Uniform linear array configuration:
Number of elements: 32
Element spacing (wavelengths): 0.75
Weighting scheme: cosine
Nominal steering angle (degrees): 0
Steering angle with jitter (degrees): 0.316
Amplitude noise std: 0.05
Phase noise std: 0.05

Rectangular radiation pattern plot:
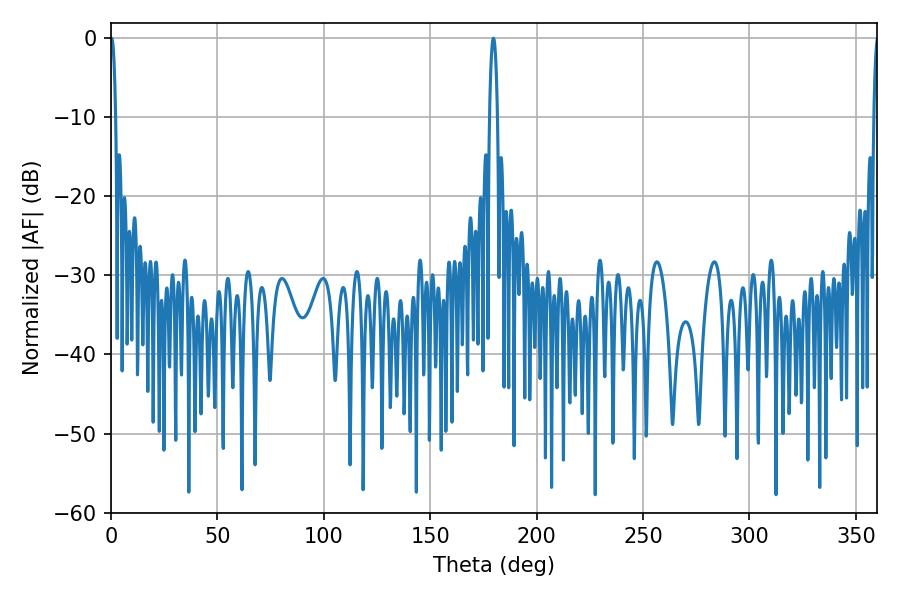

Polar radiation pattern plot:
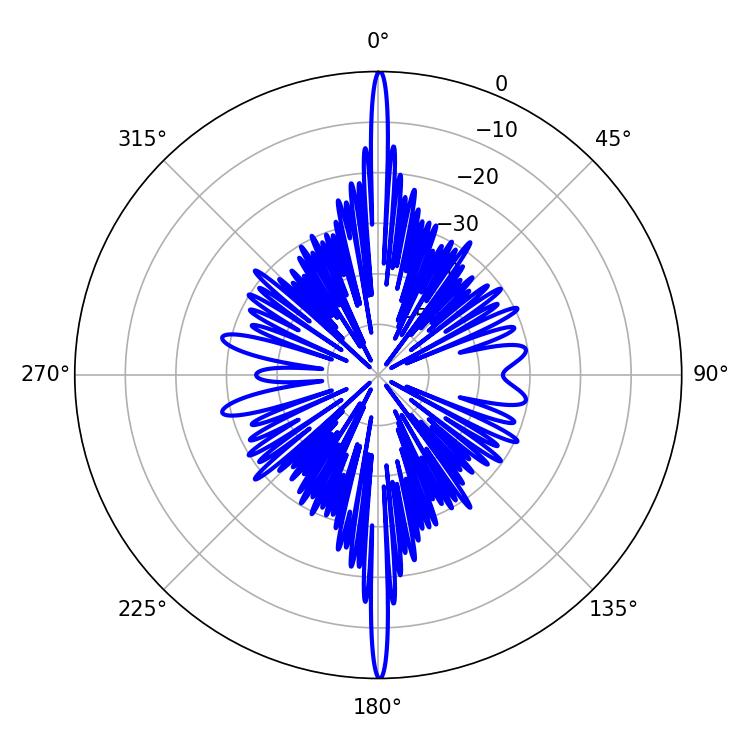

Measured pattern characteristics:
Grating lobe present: TRUE
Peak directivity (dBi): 36.364
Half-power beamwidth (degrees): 1.98
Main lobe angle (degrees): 179.64